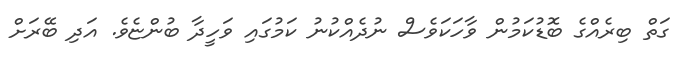
ގަތް ބިރެއްގެ ބޮޑުކަމުން ވާހަކަވެސް ނުދެއްކުނު ކަމުގައި ވަހީދާ ބުންޏެވެ. އަދި ބޭރަށް